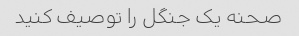
صحنه یک جنگل را توصیف کنید